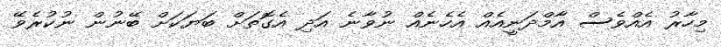
މިހާރު އެއްވެސް އާމްދަނީއެއް އެހެނެއް ނުވާނެ އަދި އެގޮތަށް ބަޔަކަށް ބޭނުން ނުކުރެވޭ